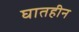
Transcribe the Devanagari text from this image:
घातहीन